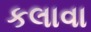
કલાવા